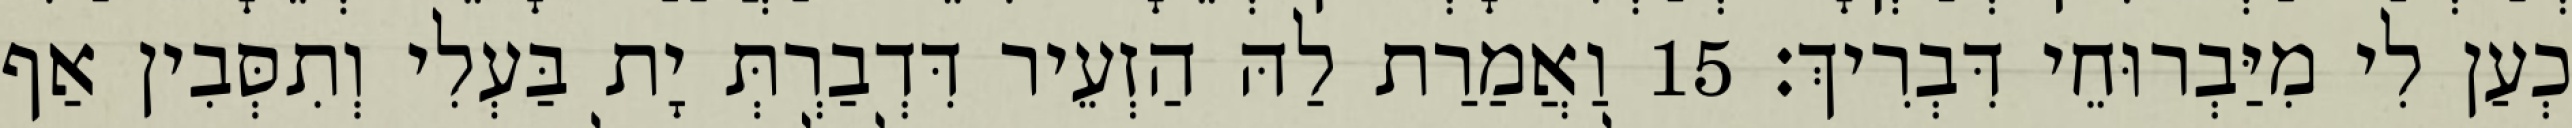
כְעַן לִי מִיַּבְרוּחֵי דִּבְרִיךְ׃ 15 וַאֲמַרַת לַהּ הַזְעֵיר דִּדְבַרְתְּ יָת בַּעְלִי וְתִסְּבִין אַף